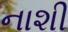
નાશી